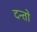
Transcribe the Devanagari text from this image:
दन्तो